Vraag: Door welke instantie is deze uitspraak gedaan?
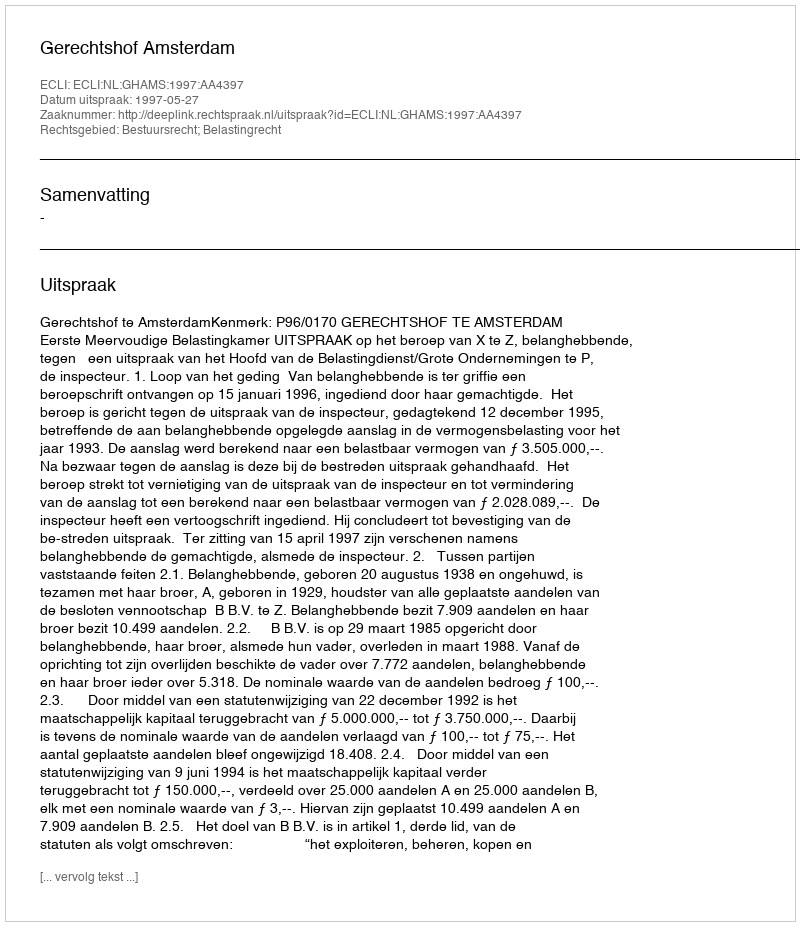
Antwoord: Gerechtshof Amsterdam